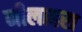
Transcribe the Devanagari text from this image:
नीलाहरा